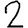
Digit: 2